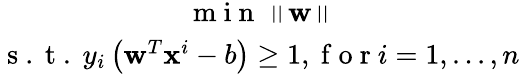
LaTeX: \begin{array}{c}{\mathrm{~m~i~n~}\left\| \mathbf{w}\right\| }\\ {\mathrm{~s~.~t~.~}y_{i}\left(\mathbf{w}^{T}\mathbf{x}^{i}-b\right)\geq 1,\mathrm{~f~o~r~}i=1,...,n}\end{array}